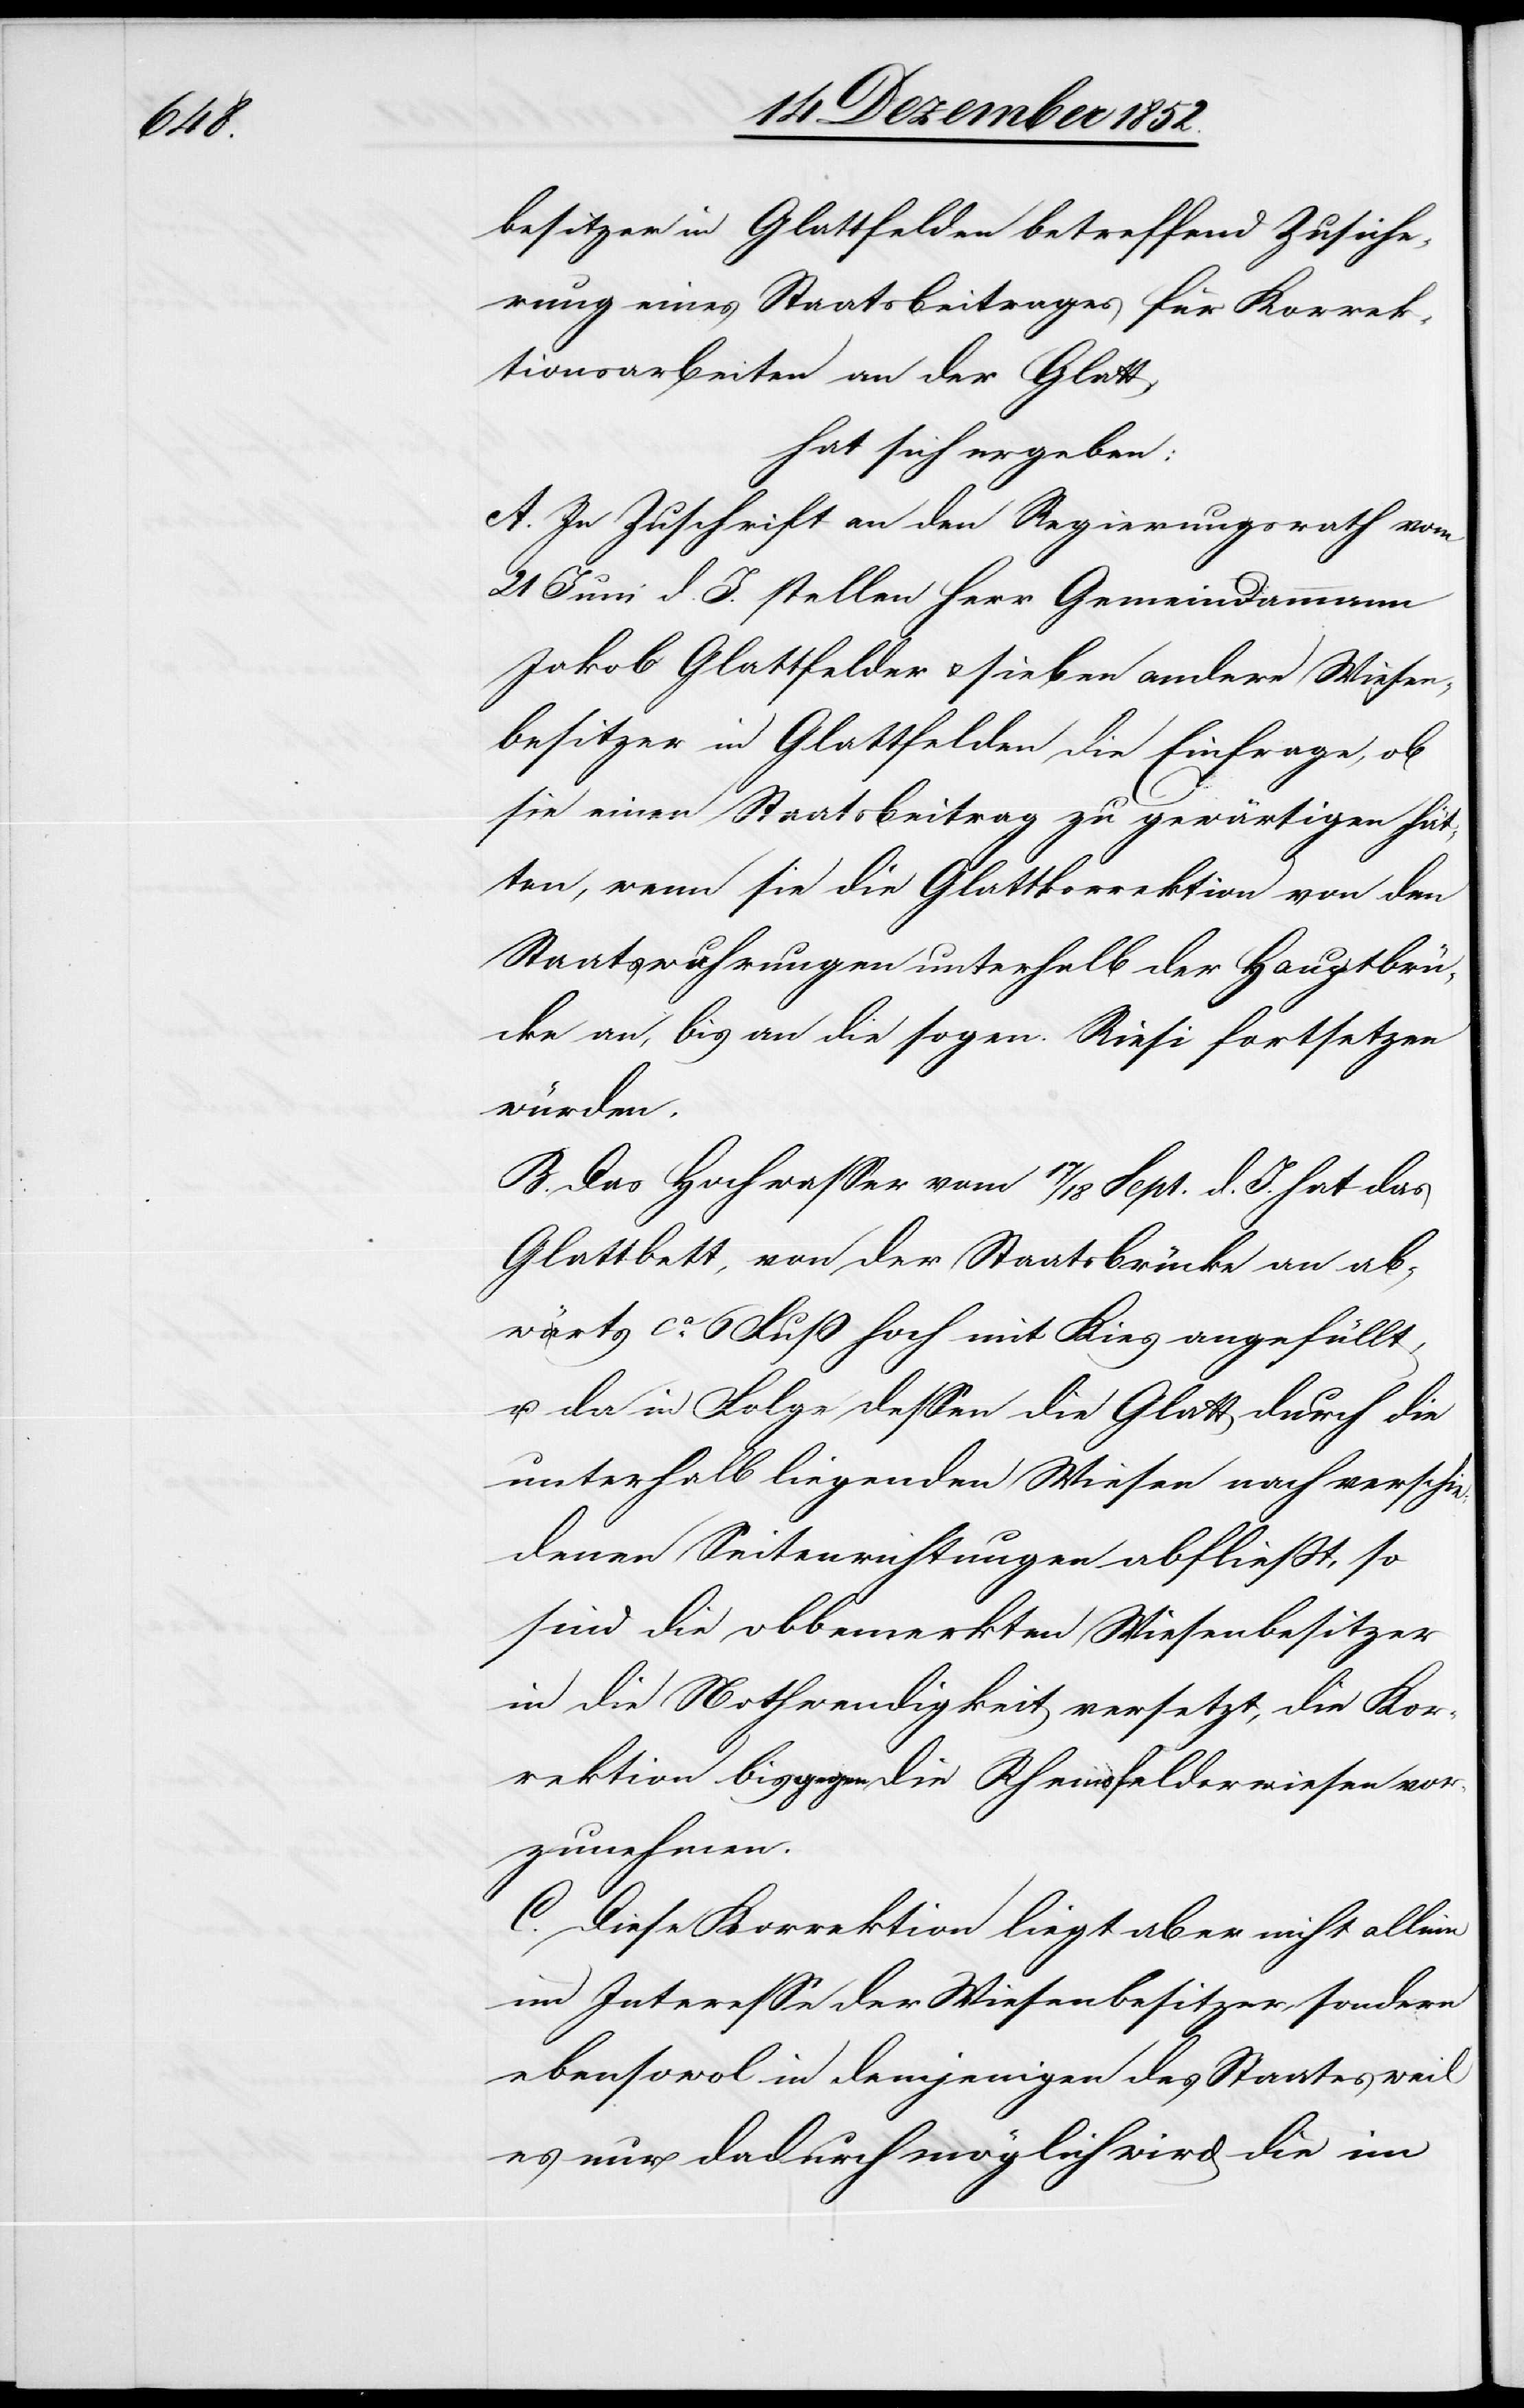
besitzer in Glattfelden betreffend Zusiche¬
rung eines Staatsbeitrages für Korrek¬
tionsarbeiten an der Glatt,
hat sich ergeben:
A. In Zuschrift an den Regierungsrath vom
21 Juni d. J. stellen Herr Gemeindammann
Jakob Glattfelder & sieben andere Wiesen¬
besitzer in Glattfelden die Einfrage, ob
sie einen Staatsbeitrag zu gewärtigen hät¬
ten, wenn sie die Glattkorrektion von den
Staatswuhrungen unterhalb der Hauptbrü¬
cke an, bis an die sogen. Riesi fortsetzen
würden.
B. Das Hochwasser vom 17 / 18 Sept. d. J. hat das
Glattbett, von der Staatsbrücke an ab¬
wärts ca. 6 Fuß hoch mit Kies angefüllt,
u. da in Folge dessen die Glatt durch die
unterhalb liegenden Wiesen nach verschie¬
denen Seitenrichtungen abfließt, so
sind die obbemerkten Wiesenbesitzer
in die Nothwendigkeit versetzt, die Kor¬
rektion bis gegen die Rheinsfelderwiesen vor¬
zunehmen.
C. Diese Korrektion liegt aber nicht allein
im Interesse der Wiesenbesitzer, sondern
ebensowol in demjenigen des Staates weil
es nur dadurch möglich wird die im